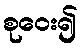
စုဝေး၍